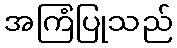
အကြံပြုသည်